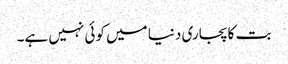
بت کا پجاری دنیا میں کوئی نہیں ہے۔